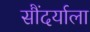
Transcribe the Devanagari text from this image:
सौंदर्याला